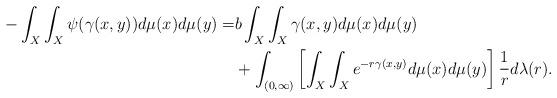
LaTeX: \begin{align*}-\int_{X}\int_{X}\psi(\gamma(x,y))d\mu(x)d\mu(y)=& b\int_{X}\int_{X}\gamma(x,y)d\mu(x)d\mu(y) \\&+ \int_{(0, \infty)}\left [\int_{X}\int_{X}e^{-r\gamma(x,y)}d\mu(x)d\mu(y)\right ] \frac{1}{r}d\lambda(r).\end{align*}